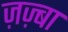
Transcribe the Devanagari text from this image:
ज़ज़्बा